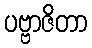
ပဗ္ဗာဇိတာ